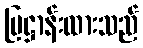
ပြဋ္ဌာန်းထားသည်